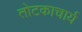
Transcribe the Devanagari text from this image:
तोटकाचार्य